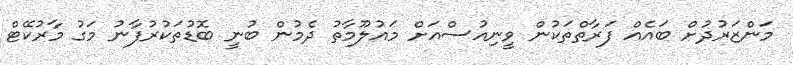
މަންޒަރުދުށް ބައެއް ފަރާތްތަކުން ވީނިއުސްއަށް މައުލޫމާތު ދެމުން ބުނީ ބޮޑުތަކުރުފާނު މަގު މާރުކޭޓް